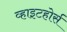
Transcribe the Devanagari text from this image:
व्हाइटहोर्स